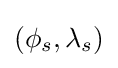
(\phi _{s},\lambda _{s})